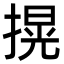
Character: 㨪